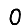
Digit: 0